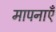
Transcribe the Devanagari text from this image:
मापनाएँ